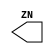
`timescale 1ns/1ps
`celldefine
module TIEL (ZN);
output ZN;



endmodule
`endcelldefine